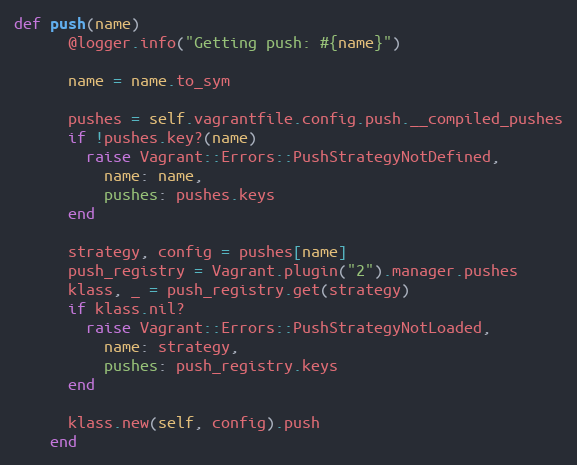
Language: Ruby
def push(name)
      @logger.info("Getting push: #{name}")

      name = name.to_sym

      pushes = self.vagrantfile.config.push.__compiled_pushes
      if !pushes.key?(name)
        raise Vagrant::Errors::PushStrategyNotDefined,
          name: name,
          pushes: pushes.keys
      end

      strategy, config = pushes[name]
      push_registry = Vagrant.plugin("2").manager.pushes
      klass, _ = push_registry.get(strategy)
      if klass.nil?
        raise Vagrant::Errors::PushStrategyNotLoaded,
          name: strategy,
          pushes: push_registry.keys
      end

      klass.new(self, config).push
    end